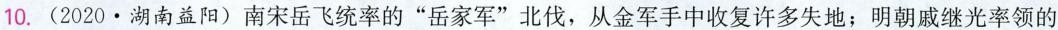
10.(2020·湖南益阳)南宋岳飞统率的”岳家军”北伐，从金军手中收复许多失地；明朝戚继光率领的